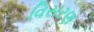
વિસરણ